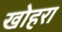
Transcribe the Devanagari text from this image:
खोहरा